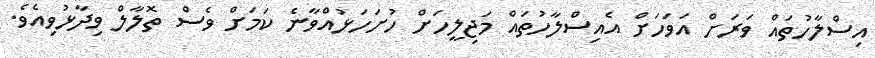
އިސްލާހުތައް ވަރަށް އަވަހަށް އެއިސްލާހުތައް މަޖިލީހަށް ހުށަހަޅުއްވާނެ ކަމަށް ވެސް ތޮލާލް ވިދާޅުވިއެވެ.